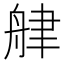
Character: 𦨱